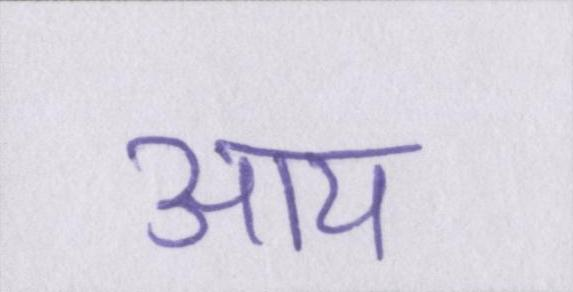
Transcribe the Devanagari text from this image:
आय